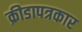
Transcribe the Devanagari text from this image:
क्रीडापत्रकार